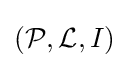
({\mathcal {P}},{\mathcal {L}},I)